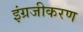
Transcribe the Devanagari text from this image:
इंग्रजीकरण